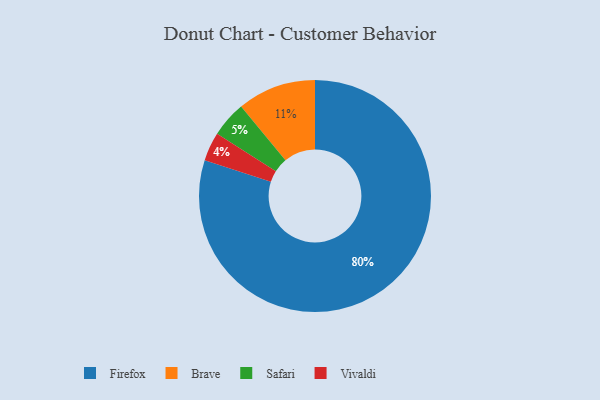
{"axis": {"x": "Category", "y": "Percentage"}, "legend": ["Brave", "Firefox", "Safari", "Vivaldi"], "data": [{"x": "Firefox", "y": 80, "type": "Firefox"}, {"x": "Safari", "y": 5, "type": "Safari"}, {"x": "Brave", "y": 11, "type": "Brave"}, {"x": "Vivaldi", "y": 4, "type": "Vivaldi"}]}